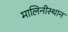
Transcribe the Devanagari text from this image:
मालिनीस्थान